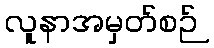
လူနာအမှတ်စဉ်